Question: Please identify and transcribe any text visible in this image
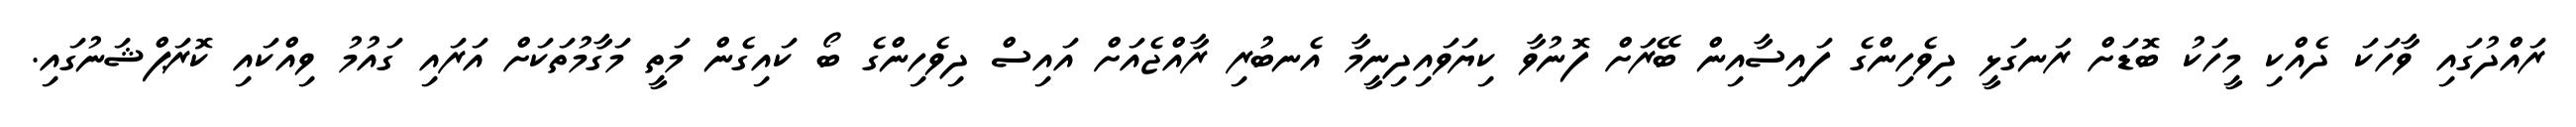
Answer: ރައްދުގައި ވާހަކަ ދެއްކި މީހަކު ބޮޑަށް ރަނގަޅީ ދިވެހިންގެ ފައިސާއިން ބޭރަށް ފޮނުވާ ކިޔަވައިދިނީމާ އެނބުރި ރާއްޖެއަށް އައިސް ދިވެހިންގެ ބޯ ކައިގެން މަތީ މަގާމުތަކަށް އަރައި ގައުމު ވިއްކައި ކޮރަޕްޝަނުގައި.